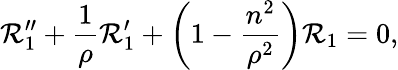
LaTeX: \mathcal{R}_{1}^{\prime\prime}+\frac{{1}}{{\rho}}\mathcal{R}_{1}^{\prime}+\left(1-\frac{{n^{2}}}{{\rho^{2}}}\right)\mathcal{R}_{1}=0,